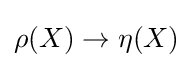
{\textstyle \rho (X)\rightarrow \eta (X)}